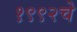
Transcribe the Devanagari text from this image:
१९९२चे